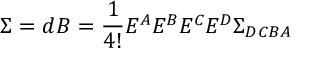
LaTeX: \Sigma = d B = \frac { 1 } { 4 ! } E ^ { A } E ^ { B } E ^ { C } E ^ { D } \Sigma _ { D C B A }